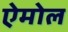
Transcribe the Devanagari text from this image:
ऐमोल